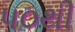
૫૦થી